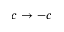
c \rightarrow - c